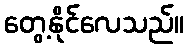
တွေ့နိုင်လေသည်။